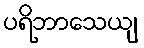
ပရိဘာသေယျ